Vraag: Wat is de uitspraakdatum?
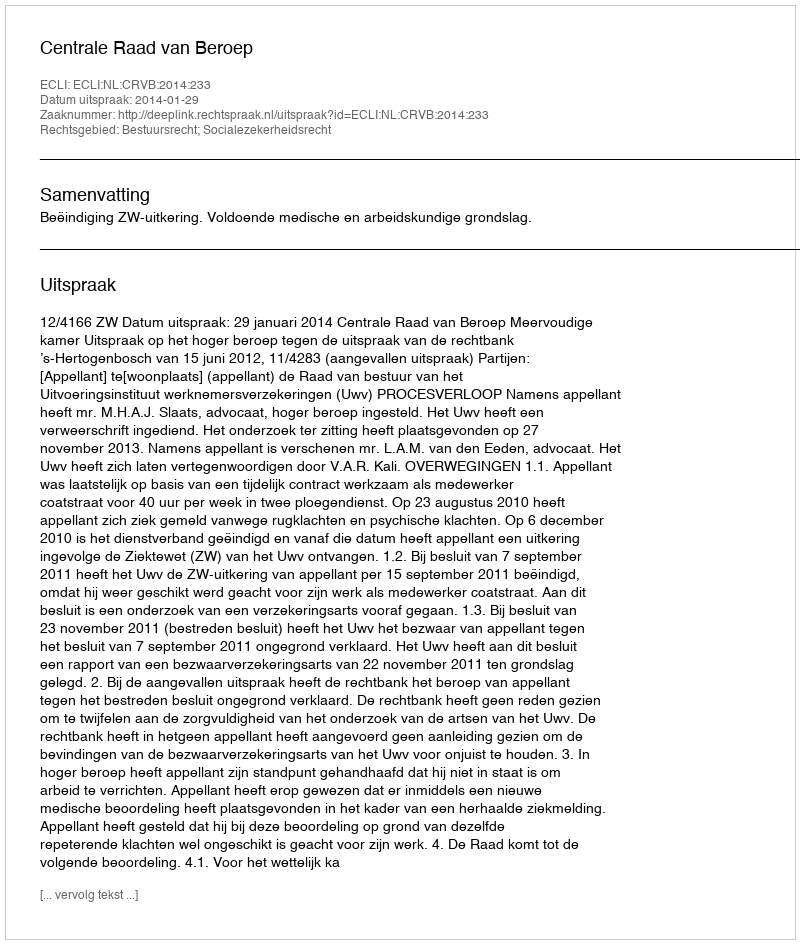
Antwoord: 2014-01-29